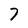
Character: 7